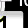
Digit: 1